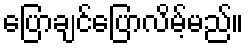
ပြောချင်ပြောလိမ့်မည်။